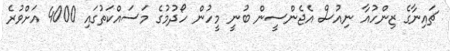
ޗައިނާގެ ޒިންހުއާ ނިއުސް އެޖެންސީން ބުނީ މީހުން ހޯދުމުގެ މަސައްކަތުގައި 4000 އަށްވުރެ